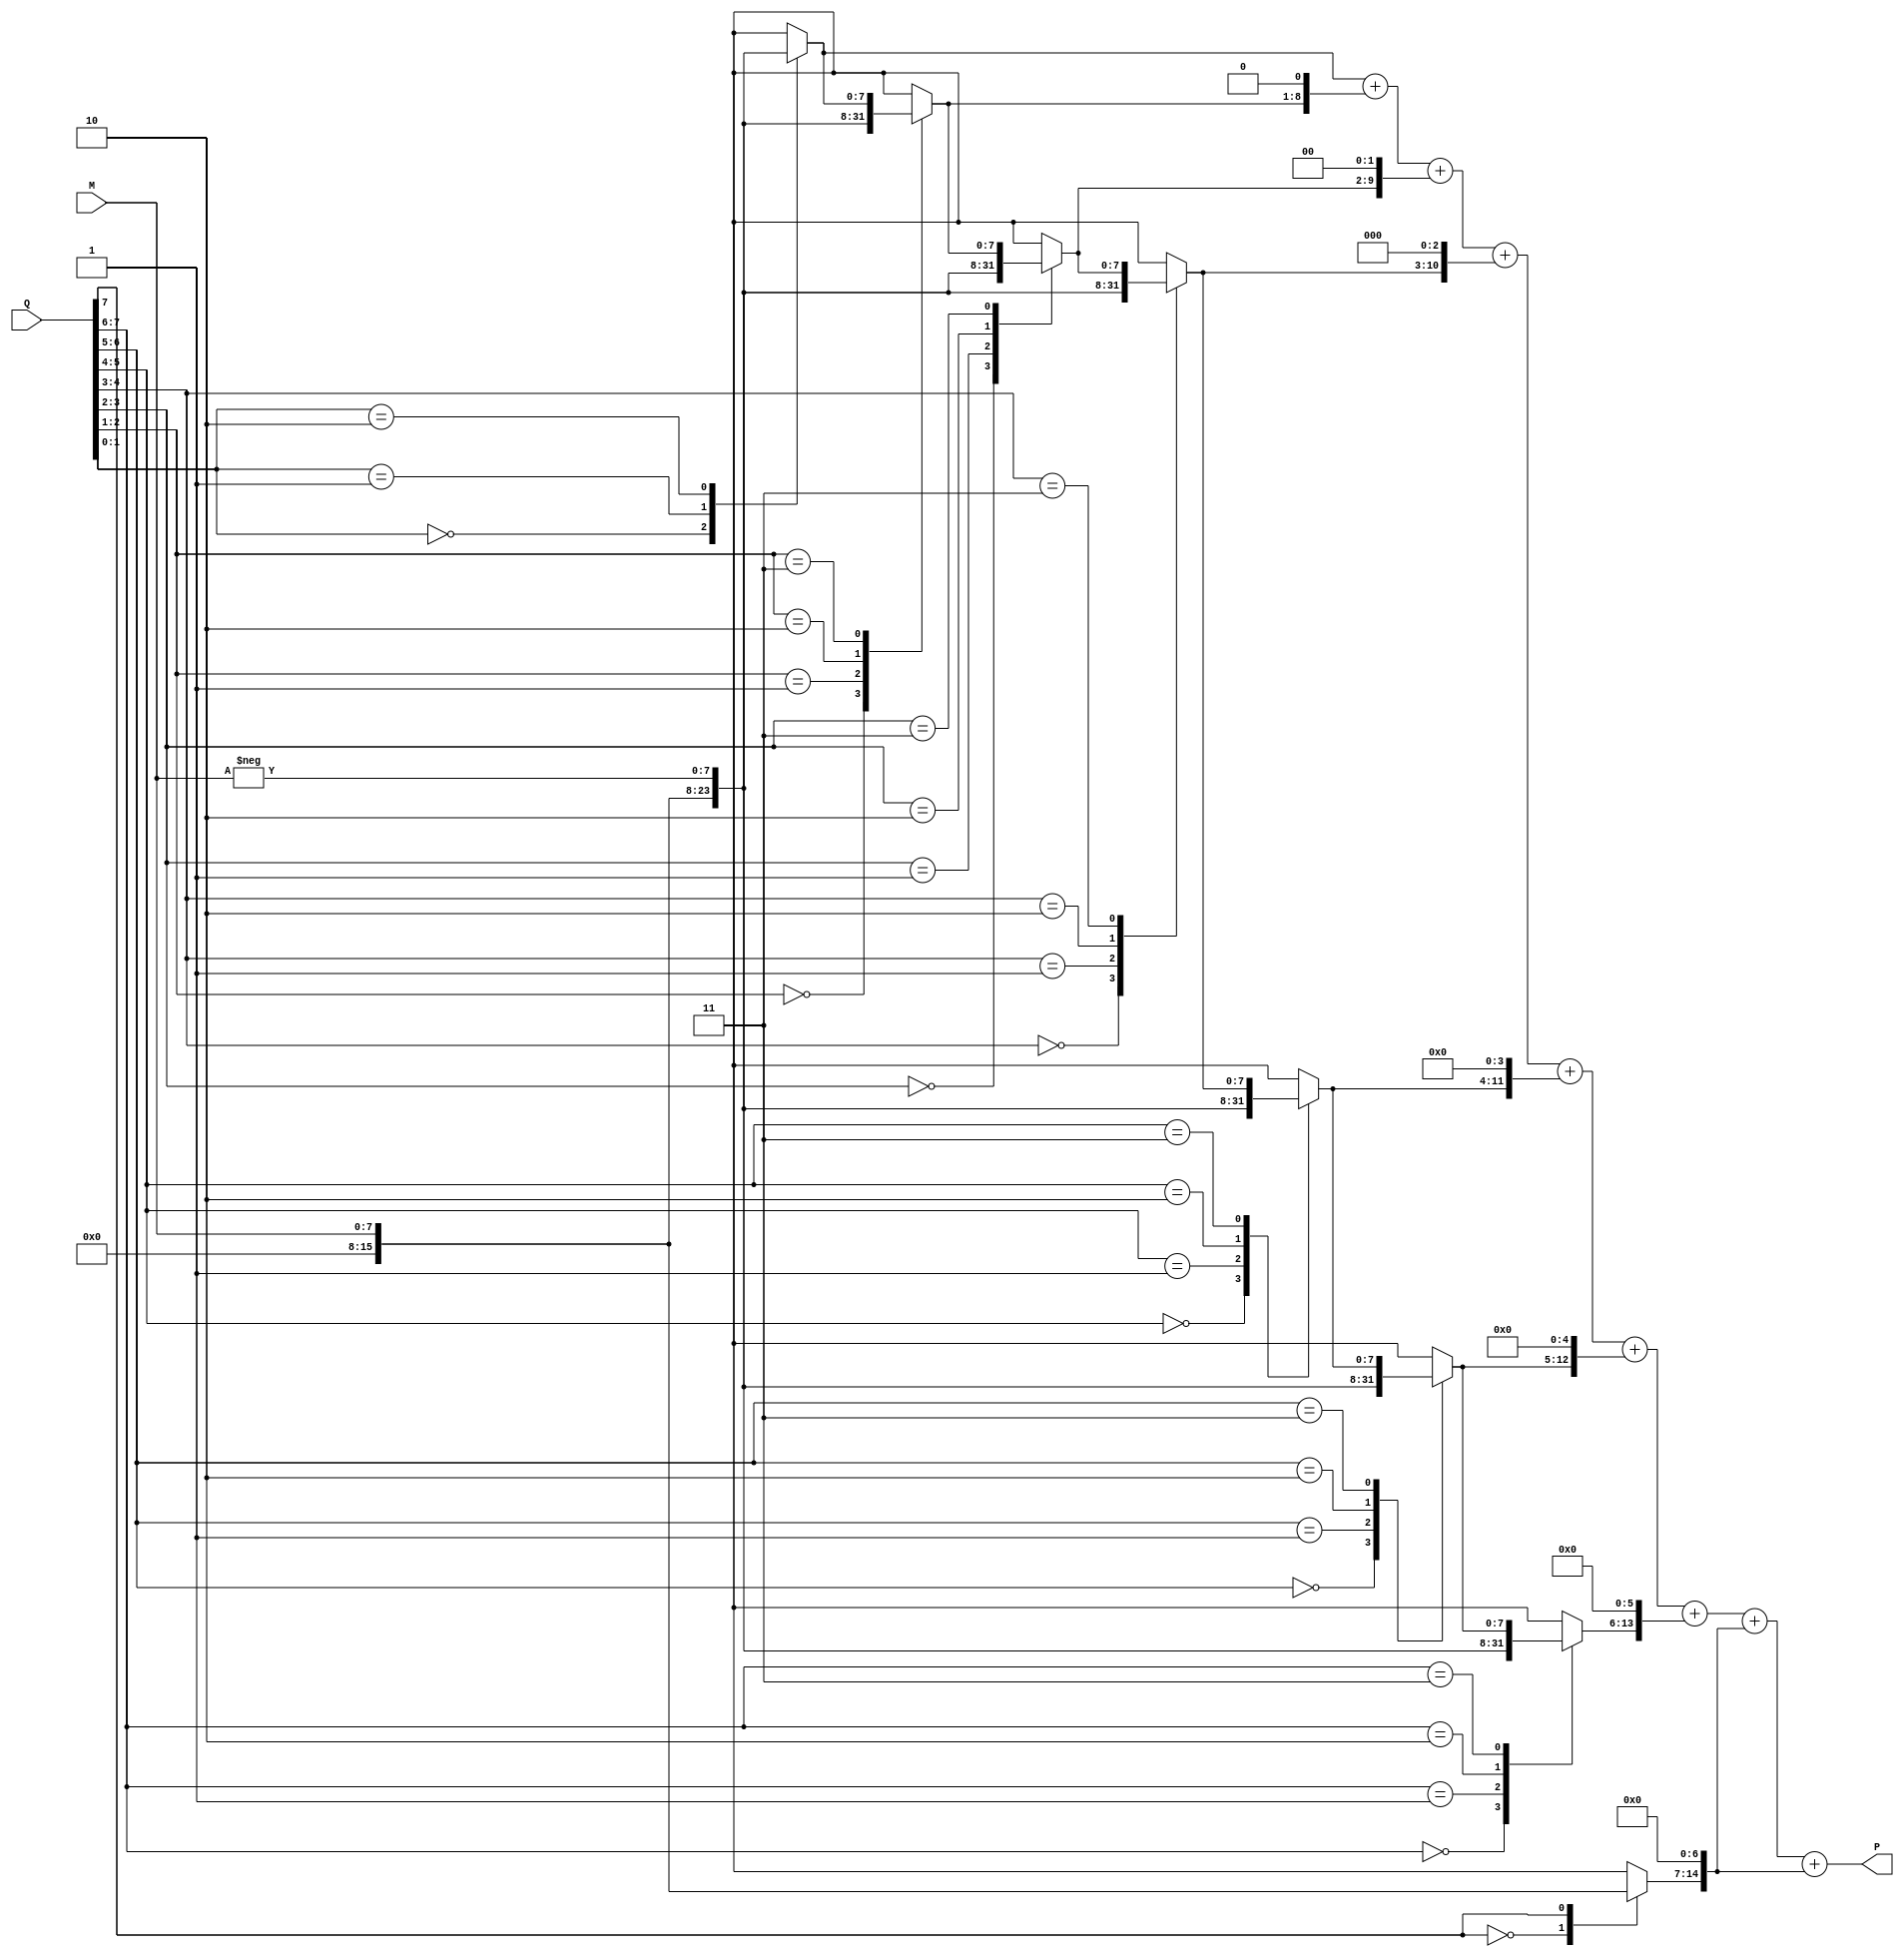
module booth_wallace_multiplier #(parameter WIDTH = 8)(
    input signed [WIDTH-1:0] M, // Multiplicand
    input signed [WIDTH-1:0] Q, // Multiplier
    output signed [2*WIDTH-1:0] P // Product
);

    // Booth Encoding Unit
    reg [WIDTH-1:0] partial_products [0:WIDTH];
    reg [WIDTH:0] Q_reg;
    integer i;

    always @(*) begin
        Q_reg = {1'b0, Q}; // Extend Q for easier handling
        for (i = 0; i < WIDTH; i = i + 1) begin
            case (Q_reg[i+1:i])
                2'b00: partial_products[i] = 0;               // No product
                2'b01: partial_products[i] = M;               // Add M
                2'b10: partial_products[i] = -M;              // Subtract M
                2'b11: partial_products[i] = partial_products[i-1]; // Maintain previous
            endcase
        end
    end

    // Wallace Tree Structure
    reg [2*WIDTH-1:0] sum [0:WIDTH];
    reg [2*WIDTH-1:0] temp_sum;
    
    // Reduction stage using Wallace Tree
    always @(*) begin
        // Initialize sum array with partial products
        for (i = 0; i < WIDTH; i = i + 1) begin
            sum[i] = partial_products[i] << i; // Shift partial products
        end
        
        // Perform Wallace tree reduction
        for (i = 0; i < WIDTH - 1; i = i + 1) begin
            temp_sum = sum[i] + sum[i + 1]; // Add pairs of partial products
            // Carry and sum reduction logic can be added as needed
            if (i < WIDTH - 2) begin
                sum[i + 1] = temp_sum; // Store result back for next stage
            end else begin
                sum[i] = temp_sum; // Last stage result
            end
        end
    end

    // Final addition stage
    assign P = sum[WIDTH-2] + sum[WIDTH-1]; // Final product

endmodule